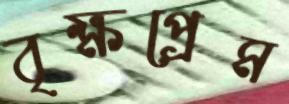
বৃক্ষপ্রেম